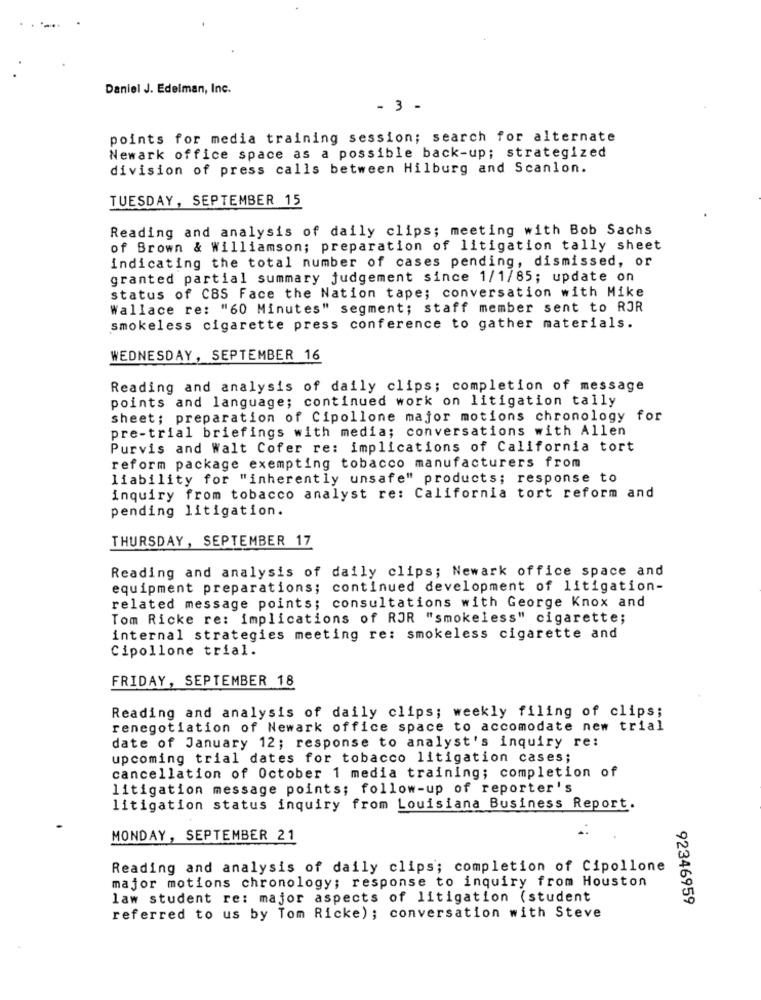
Daniel J. Edelman, Inc.
- 3 -
points for media training session; search for alternate
Newark office space as a possible back-up; strategized
division of press calls between Hilburg and Scanlon.
TUESDAY, SEPTEMBER 15
Reading and analysis of daily clips; meeting with Bob Sachs
of Brown & Williamson; preparation of litigation tally sheet
indicating the total number of cases pending, dismissed, or
granted partial summary judgement since 1/1/85; update on
status of CBS Face the Nation tape; conversation with Mike
Wallace re: "60 Minutes" segment; staff member sent to RJR
smokeless cigarette press conference to gather materials.
WEDNESDAY, SEPTEMBER 16
Reading and analysis of daily clips; completion of message
points and language; continued work on litigation tally
sheet; preparation of Cipollone major motions chronology for
pre-trial briefings with media; conversations with Allen
Purvis and Walt Cofer re: implications of California tort
reform package exempting tobacco manufacturers from
liability for "inherently unsafe" products; response to
inquiry from tobacco analyst re: California tort reform and
pending litigation.
THURSDAY, SEPTEMBER 17
Reading and analysis of daily clips; Newark office space and
equipment preparations; continued development of litigation-
related message points; consultations with George Knox and
Tom Ricke re: implications of ROR "smokeless" cigarette;
internal strategies meeting re: smokeless cigarette and
Cipollone trial.
FRIDAY, SEPTEMBER 18
Reading and analysis of daily clips; weekly filing of clips;
renegotiation of Newark office space to accomodate new trial
date of January 12; response to analyst's inquiry re:
upcoming trial dates for tobacco litigation cases;
cancellation of October 1 media training; completion of
litigation message points; follow-up of reporter's
litigation status inquiry from Louisiana Business Report.
MONDAY, SEPTEMBER 21
Reading and analysis of daily clips; completion of Cipollone
major motions chronology; response to inquiry from Houston
law student re: major aspects of litigation (student
92346959
referred to us by Tom Ricke); conversation with Steve